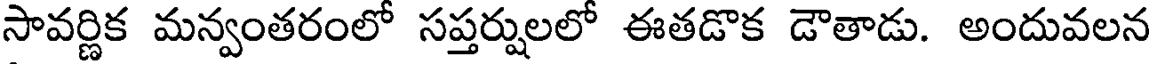
సావర్ణిక మన్వంతరంలో సప్తర్షులలో ఈతడొక డౌతాడు. అందువలన